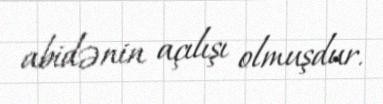
abidənin açılışı olmuşdur.